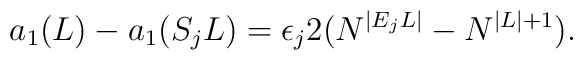
a_1(L)-a_1(S_jL)=\epsilon_j 2(N^{|E_jL|}-N^{|L|+1}).